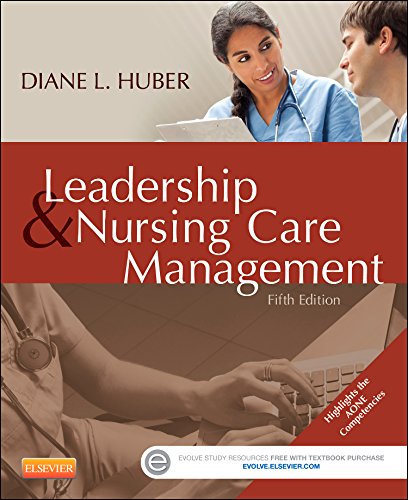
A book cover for Leadership and Nursing Care Management, 5e; Diane Huber PhD  RN  FAAN  NEA-BC; Medical Books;